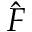
\hat { F }